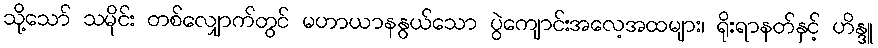
သို့သော် သမိုင်း တစ်လျှောက်တွင် မဟာယာနနွယ်သော ပွဲကျောင်းအလေ့အထများ၊ ရိုးရာနတ်နှင့် ဟိန္ဒူ